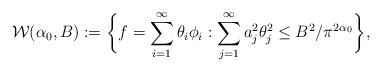
LaTeX: \begin{align*}\mathcal{W}(\alpha_{0},B):= \bigg{\{} f=\sum_{i=1}^{\infty}\theta_{i}\phi_{i} : \sum_{j=1}^{\infty}a_{j}^2 \theta_{j}^{2} \leq B^2 / \pi^{2\alpha_{0}} \bigg{\}} ,\end{align*}